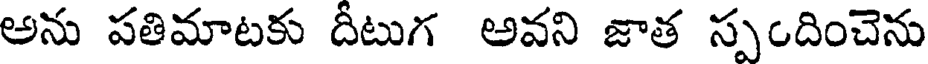
అను పతిమాటకు దీటుగ అవని జాత స్పందించెను